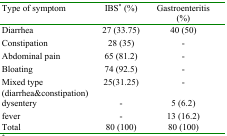
| Type of symptom | IBS* (%) | Gastroenteritis (%) |
 | --- | --- | --- |
 | Diarrhea | 27 (33.75) | 40 (50) |
 | Constipation | 28 (35) | - |
 | Abdominal pain | 65 (81.2) | - |
 | Bloating | 74 (92.5) | - |
 | Mixed type(diarrhea&constipation) | 25(31.25) | - |
 | dysentery | - | 5 (6.2) |
 | fever | - | 13 (16.2) |
 | Total | 80 (100) | 80 (100) |